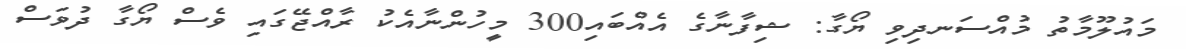
މައުލޫމާތު މުއްސަނދިވި ޔޯގާ: ޝިފާނާގެ އެއްބައި300 މީހުންނާއެކު ރާއްޖޭގައި ވެސް ޔޯގާ ދުވަސް